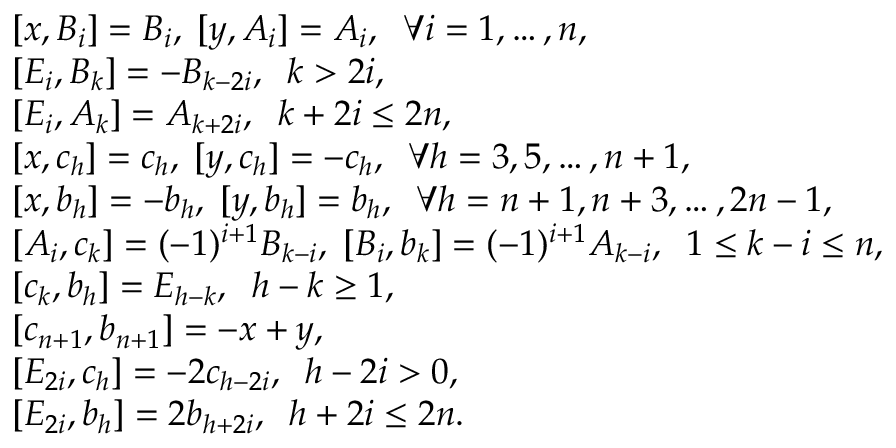
\begin{array} { r l } & { [ x , B _ { i } ] = B _ { i } , \; [ y , A _ { i } ] = A _ { i } , \; \; \forall i = 1 , \ldots , n , } \\ & { [ E _ { i } , B _ { k } ] = - B _ { k - 2 i } , \; \; k > 2 i , } \\ & { [ E _ { i } , A _ { k } ] = A _ { k + 2 i } , \; \; k + 2 i \leq 2 n , } \\ & { [ x , c _ { h } ] = c _ { h } , \; [ y , c _ { h } ] = - c _ { h } , \; \; \forall h = 3 , 5 , \ldots , n + 1 , } \\ & { [ x , b _ { h } ] = - b _ { h } , \; [ y , b _ { h } ] = b _ { h } , \; \; \forall h = n + 1 , n + 3 , \ldots , 2 n - 1 , } \\ & { [ A _ { i } , c _ { k } ] = ( - 1 ) ^ { i + 1 } B _ { k - i } , \; [ B _ { i } , b _ { k } ] = ( - 1 ) ^ { i + 1 } A _ { k - i } , \; \; 1 \leq k - i \leq n , } \\ & { [ c _ { k } , b _ { h } ] = E _ { h - k } , \; \; h - k \geq 1 , } \\ & { [ c _ { n + 1 } , b _ { n + 1 } ] = - x + y , } \\ & { [ E _ { 2 i } , c _ { h } ] = - 2 c _ { h - 2 i } , \; \; h - 2 i > 0 , } \\ & { [ E _ { 2 i } , b _ { h } ] = 2 b _ { h + 2 i } , \; \; h + 2 i \leq 2 n . } \end{array}